Report of the Indian Hemp Drugs Commission, 1894-1895 - Volume IV
Year: 1894
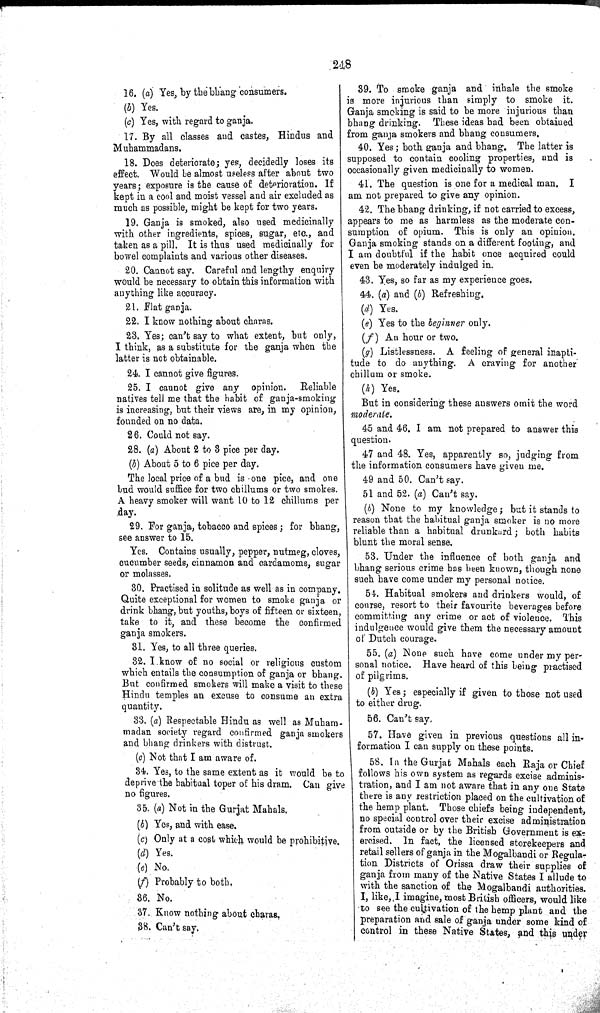
248
16. (a) Yes, by the bhang consumers.
(b) Yes.
(c) Yes, with regard to ganja.
17. By all classes and castes, Hindus and
Muhammadans.
18. Does deteriorate; yes, decidedly loses its
effect. Would be almost useless after about two
years; exposure is the cause of deterioration. If
kept in a cool and moist vessel and air excluded as
much as possible, might be kept for two years.
19. Ganja is smoked, also used medicinally
with other ingredients, spices, sugar, etc., and
taken as a pill. It is thus used medicinally for
bowel complaints and various other diseases.
20. Cannot say. Careful and lengthy enquiry
would be necessary to obtain this information with
anything like accuracy.
21. Flat ganja.
22. I know nothing about charas.
23. Yes; can't say to what extent, but only,
I think, as a substitute for the ganja when the
latter is not obtainable.
24. I cannot give figures.
25. I cannot give any opinion.
Reliable
natives tell me that the habit of ganja-smoking
is increasing, but their views are, in my opinion,
founded on no data.
26. Could not say.
28. (a) About 2 to 3 pice per day.
(b) About 5 to 6 pice per day.
The local price of a bud is one pice, and one
bud would suffice for two chillums or two smokes.
A heavy smoker will want 10 to 12 chillums per
day.
29. For ganja, tobacco and spices; for bhang,
see answer to 15.
Yes. Contains usually, pepper, nutmeg, cloves,
cucumber seeds, cinnamon and cardamoms, sugar
or molasses.
30. Practised in solitude as well as in company.
Quite exceptional for women to smoke ganja or
drink bhang, but youths, boys of fifteen or sixteen,
take to it, and these become the confirmed
ganja smokers.
31. Yes, to all three queries.
32. I know of no social or religious custom
which entails the consumption of ganja or bhang.
But confirmed smokers will make a visit to these
Hindu temples an excuse to consume an extra
quantity.
33. (a) Respectable Hindu as well as Muham-
madan society regard confirmed ganja smokers
and bhang drinkers with distrust.
(c) Not that I am aware of.
34. Yes, to the same extent as it would be to
deprive the habitual toper of his dram. Can give
no figures.
35. (a) Not in the Gurjat Mahals.
(b) Yes, and with ease.
(c) Only at a cost which would be prohibitive.
(d) Yes.
(e) No.
(f) Probably to both,
36.
No.
37. Know nothing about charas.
38. Can't say.
39. To smoke ganja and inhale the smoke
is more injurious than simply to smoke it.
Ganja smoking is said to be more injurious than
bhang drinking. These ideas had been obtained
from ganja smokers and bhang consumers.
40. Yes; both ganja and bhang. The latter is
supposed to contain cooling properties, and is
occasionally given medicinally to women.
41. The question is one for a medical man. I
am not prepared to give any opinion.
42. The bhang drinking, if not carried to excess,
appears to me as harmless as the moderate con-
sumption of opium. This is only an opinion.
Ganja smoking stands on a different footing, and
I am doubtful if the habit once acquired could
even be moderately indulged in.
43. Yes, so far as my experience goes.
44. (a) and (b) Refreshing.
(d) Yes.
(e) Yes to the beginner only.
(f) An hour or two.
(g) Listlessness. A feeling of general inapti-
tude to do anything. A craving for another
chillum or smoke.
(h) Yes.
But in considering these answers omit the word
moderate.
45 and 46. I am not prepared to answer this
question.
47 and 48. Yes, apparently so, judging from
the information consumers have given me.
49 and 50. Can't say.
51 and 52. (a) Can't say.
(b) None to my knowledge; but it stands to
reason that the habitual ganja smoker is no more
reliable than a habitual drunkard; both habits
blunt the moral sense.
53. Under the influence of both ganja and
bhang serious crime has been known, though none
such have come under my personal notice.
54. Habitual smokers and drinkers would, of
course, resort to their favourite beverages before
committing any crime or act of violence. This
indulgence would give them the necessary amount
of Dutch courage.
55. (a) None such have come under my per-
sonal notice. Have heard of this being practised
of pilgrims.
(b) Yes; especially if given to those not used
to either drug.
56. Can't say.
57. Have given in previous questions all in-
formation I can supply on these points.
58. In the Gurjat Mahals each Raja or Chief
follows his own system as regards excise adminis-
tration, and I am not aware that in any one State
there is any restriction placed on the cultivation of
the hemp plant. Those chiefs being independent,
no special control over their excise administration
from outside or by the British Government is ex-
ercised. In fact, the licensed storekeepers and
retail sellers of ganja in the Mogalbandi or Regula-
tion Districts of Orissa draw their supplies of
ganja from many of the Native States I allude to
with the sanction of the Mogalbandi authorities.
I, like, I imagine, most British officers, would like
to see the cultivation of the hemp plant and the
preparation and sale of ganja under some kind of
control in these Native States, and this under